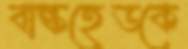
বাল্কহেডকে